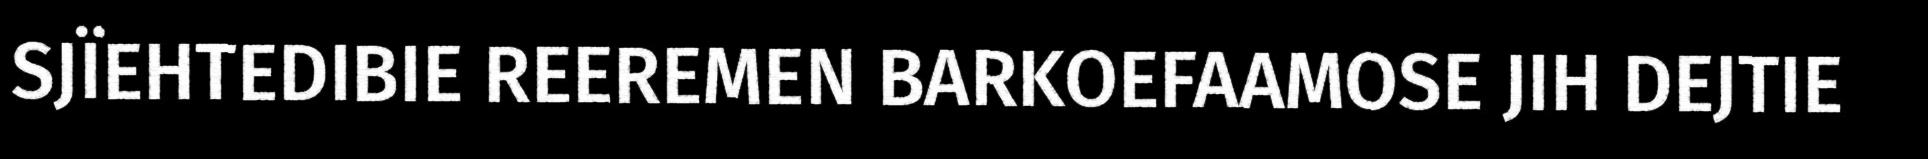
SJÏEHTEDIBIE REEREMEN BARKOEFAAMOSE JIH DEJTIE